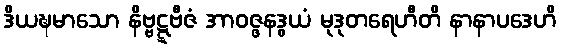
ဒိယဍ္ဎမာသော နိဗ္ဗဋ္ဋဗီဇံ အာဝဇ္ဇနဒွယံ မုဒုတရေဟီတိ နာနာပဒေဟိ